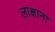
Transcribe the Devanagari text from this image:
लाक्षाना